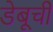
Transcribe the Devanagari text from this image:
डेबूची